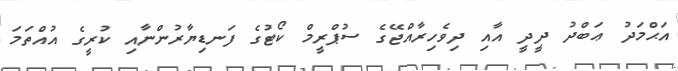
އަޙްމަދު ޢަބްދު ދީދީ އާއި ދިވެހިރާއްޖޭގެ ސުޕްރީމް ކޯޓުގެ ފަނޑިޔާރުންނާއި ކުރީގެ އުއްތަމަ